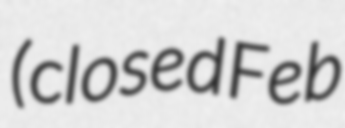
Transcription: (closed Feb